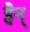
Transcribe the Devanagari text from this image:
हैन्